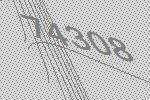
74308